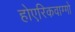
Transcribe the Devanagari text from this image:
होएरिकवाग्गो